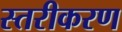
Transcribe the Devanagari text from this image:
स्‍तरीकरण